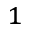
_ 1